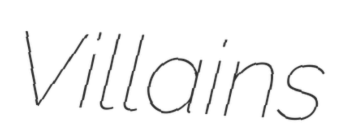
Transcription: Villains